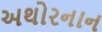
અથોરનાન